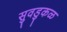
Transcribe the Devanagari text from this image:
सुवडुकळ